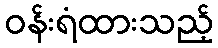
ဝန်းရံထားသည့်